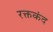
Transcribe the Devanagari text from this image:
रक्तकंद